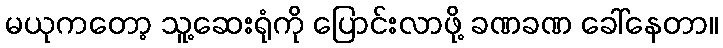
မယုကတော့ သူ့ဆေးရုံကို ပြောင်းလာဖို့ ခဏခဏ ခေါ်နေတာ။